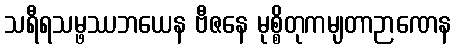
သရီရသမ္ဖဿဘယေန ဗီဇနေ မုစ္စိတုကမျတာဉာဏေန